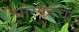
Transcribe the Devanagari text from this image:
घोरपडेंचा